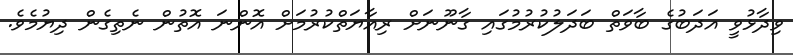
ވިދާޅުވީ އަދަބުގެ ބާވަތް ބަދަލުކުރުމުގައި ގާނޫނަށް ރިއާޔަތްކުރުމަށް އޮންނަ އޮތުން ނެތިގެން ދިޔުމެވެ.